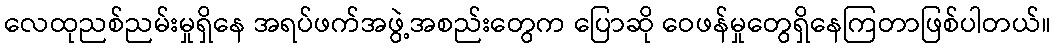
လေထုညစ်ညမ်းမှုရှိနေ အရပ်ဖက်အဖွဲ့အစည်းတွေက ပြောဆို ဝေဖန်မှုတွေရှိနေကြတာဖြစ်ပါတယ်။